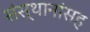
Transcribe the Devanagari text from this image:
संस्थानांसह